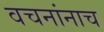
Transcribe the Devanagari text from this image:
वचनांनाच